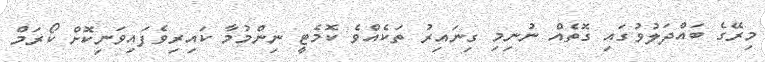
މިރޭގެ ބައްދަލުވުގައި ގޮތެއް ނުނިމި ގިނައިރު ތަކެއްވެ ކޮމެޓީ ނިންމުމާ ކައިރިވެފައިވަނިކޮށް ކޯރަމް